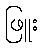
ဖြူး